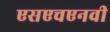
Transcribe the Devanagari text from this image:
एसएचएनवी